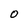
Character: 0